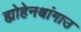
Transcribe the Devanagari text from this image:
ह्योहेनश्वांगाउ